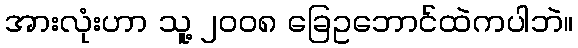
အားလုံးဟာ သူ့ ၂၀၀၈ ခြေဥဘောင်ထဲကပါဘဲ။